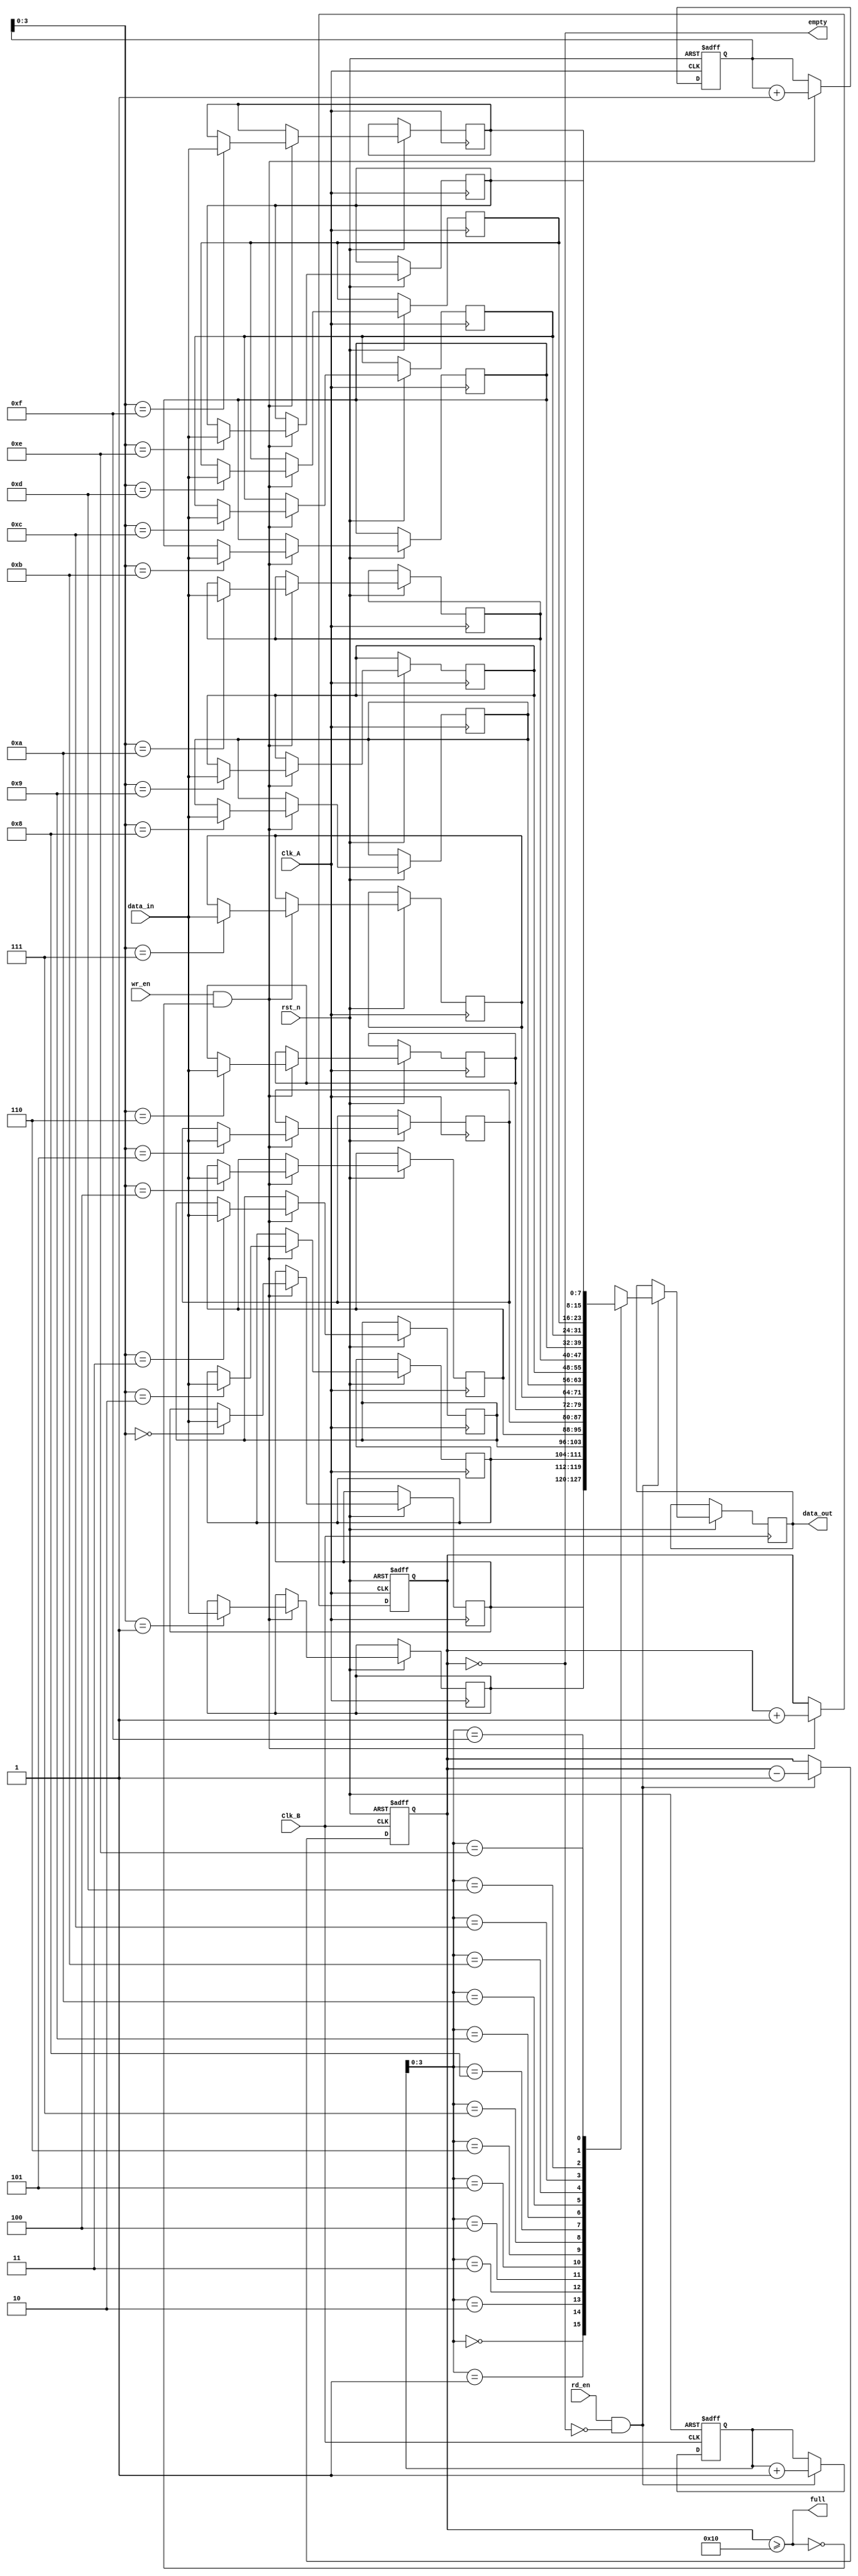
module fifo_synchronizer #(
    parameter DATA_WIDTH = 8,
    parameter FIFO_DEPTH = 16
)(
    input wire Clk_A,
    input wire Clk_B,
    input wire rst_n,             // Active low reset
    input wire wr_en,             // Write enable from Clk_A domain
    input wire rd_en,             // Read enable from Clk_B domain
    input wire [DATA_WIDTH-1:0] data_in, // Data input from Clk_A domain
    output wire [DATA_WIDTH-1:0] data_out, // Data output to Clk_B domain
    output wire full,             // FIFO full flag
    output wire empty             // FIFO empty flag
);

    // FIFO memory
    reg [DATA_WIDTH-1:0] fifo_mem [0:FIFO_DEPTH-1];
    reg [4:0] wr_ptr; // Write pointer
    reg [4:0] rd_ptr; // Read pointer
    reg [4:0] count;  // Number of elements in FIFO

    // Write Logic (Clk_A domain)
    always @(posedge Clk_A or negedge rst_n) begin
        if (!rst_n) begin
            wr_ptr <= 0;
            count <= 0;
        end else if (wr_en && !full) begin
            fifo_mem[wr_ptr] <= data_in;
            wr_ptr <= wr_ptr + 1;
            count <= count + 1;
        end
    end

    // Read Logic (Clk_B domain)
    always @(posedge Clk_B or negedge rst_n) begin
        if (!rst_n) begin
            rd_ptr <= 0;
            count <= 0;
        end else if (rd_en && !empty) begin
            data_out <= fifo_mem[rd_ptr];
            rd_ptr <= rd_ptr + 1;
            count <= count - 1;
        end
    end

    // Status Flags
    assign full = (count >= FIFO_DEPTH);
    assign empty = (count == 0);

endmodule